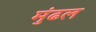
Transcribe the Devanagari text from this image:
मुंढल